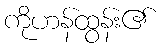
ကိုဟန်ထွန်း၏